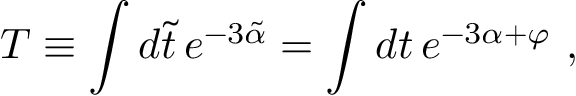
T \equiv \int d \tilde { t } \, e ^ { - 3 \tilde { \alpha } } = \int d t \, e ^ { - 3 \alpha + \varphi } \ ,